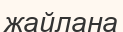
жайлана